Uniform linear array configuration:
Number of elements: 64
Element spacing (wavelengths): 0.25
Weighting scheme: uniform
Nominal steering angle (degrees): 30
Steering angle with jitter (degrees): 31.001
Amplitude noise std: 0.05
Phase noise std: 0.05

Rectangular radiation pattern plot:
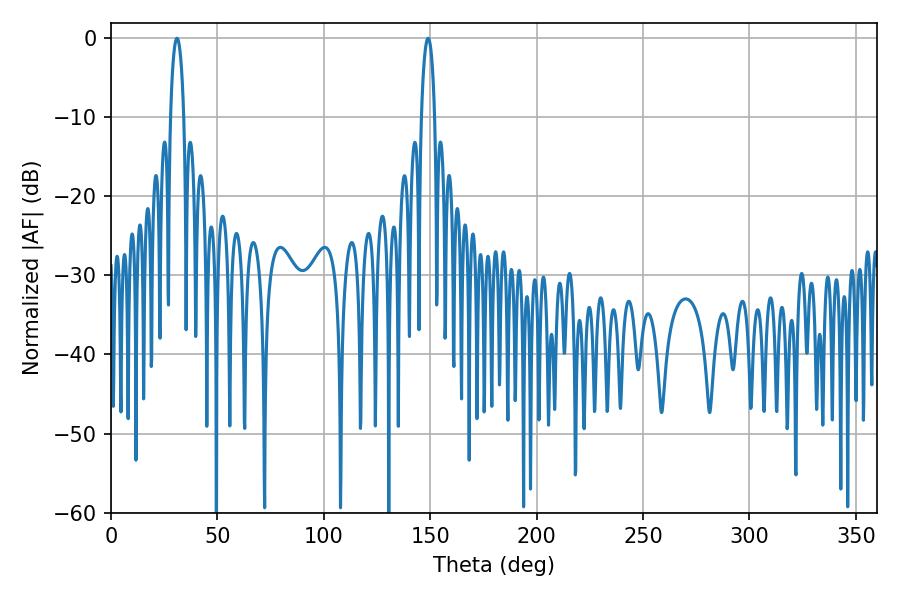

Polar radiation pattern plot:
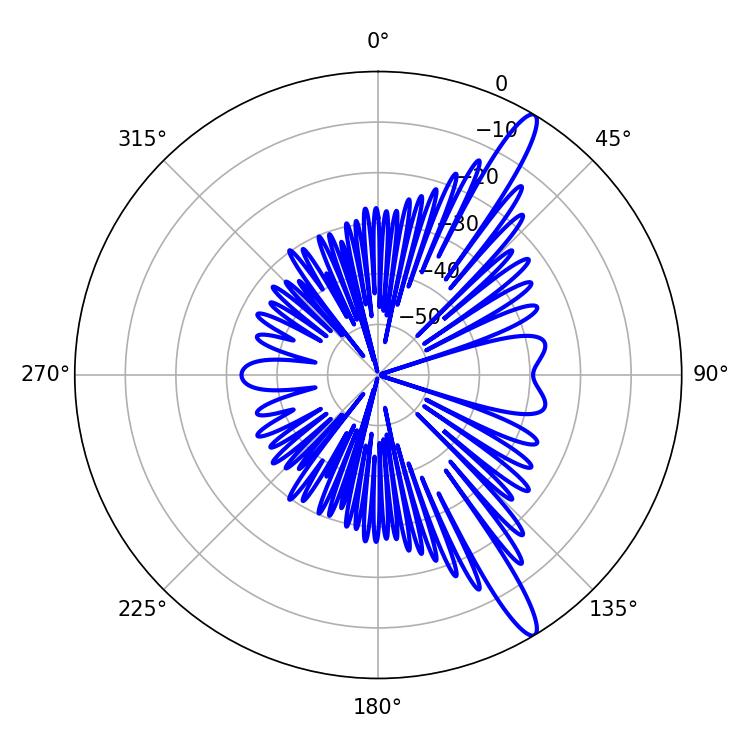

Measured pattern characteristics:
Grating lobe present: FALSE
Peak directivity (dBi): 14.237
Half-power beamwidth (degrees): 3.42
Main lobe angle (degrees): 30.96